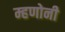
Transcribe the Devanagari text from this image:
म्हणोनी